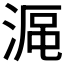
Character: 𣸰